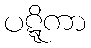
ပဋ္ဋိကာ